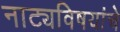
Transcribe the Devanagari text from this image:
नाट्यविषयांचे